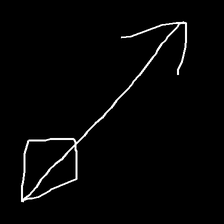
Glyph: focus